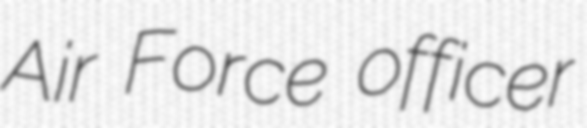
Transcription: Air Force officer